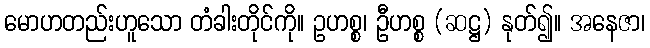
မောဟတည်းဟူသော တံခါးတိုင်ကို။ ဥဟစ္စ၊ ဦဟစ္စ (ဆဋ္ဌ) နုတ်၍။ အနေဇာ၊